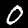
Digit: 0